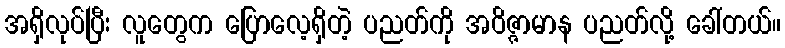
အရှိလုပ်ပြီး လူတွေက ပြောလေ့ရှိတဲ့ ပညတ်ကို အဝိဇ္ဇာမာန ပညတ်လို့ ခေါ်တယ်။